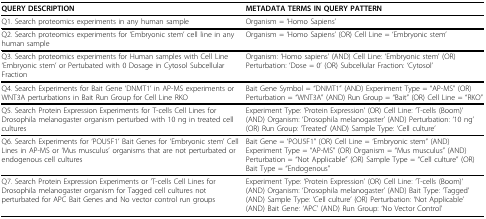
<table><thead><tr><td><b>QUERY DESCRIPTION</b></td><td><b>METADATA TERMS IN QUERY PATTERN</b></td></tr></thead><tbody><tr><td>Q1. Search proteomics experiments in any human sample</td><td>Organism = &#x27;Homo Sapiens&#x27;</td></tr><tr><td>Q2. Search proteomics experiments for &#x27;Embryonic stem&#x27; cell line in any human sample</td><td>Organism = &#x27;Homo Sapiens&#x27; (OR) Cell Line = &#x27;Embryonic stem&#x27;</td></tr><tr><td>Q3. Search proteomics experiments for Human samples with Cell Line &#x27;Embryonic stem&#x27; or Pertubated with 0 Dosage in Cytosol Subcellular Fraction</td><td>Organism: &#x27;Homo sapiens&#x27; (AND) Cell Line: &#x27;Embryonic stem&#x27; (OR) Perturbation: &#x27;Dose = 0&#x27; (OR) Subcellular Fraction: &#x27;Cytosol&#x27;</td></tr><tr><td>Q4. Search Experiments for Bait Gene &#x27;DNMT1&#x27; in AP-MS experiments or WNT3A perturbations in Bait Run Group for Cell Line RKO</td><td>Bait Gene Symbol = &quot;DNMT1&quot; (AND) Experiment Type = &quot;AP-MS&quot; (OR) Perturbation = &quot;WNT3A&quot; (AND) Run Group = &quot;Bait&quot; (OR) Cell Line = &quot;RKO&quot;</td></tr><tr><td>Q5. Search Protein Expression Experiments for T-cells Cell Lines for Drosophila melanogaster organism perturbed with 10 ng in treated cell cultures</td><td>Experiment Type: &#x27;Protein Expression&#x27; (OR) Cell Line: &#x27;T-cells (Boom)&#x27; (AND) Organism: &#x27;Drosophila melanogaster&#x27; (AND) Perturbation: &#x27;10 ng&#x27; (OR) Run Group: &#x27;Treated&#x27; (AND) Sample Type: &#x27;Cell culture&#x27;</td></tr><tr><td>Q6. Search Experiments for &#x27;POU5F1&#x27; Bait Genes for &#x27;Embryonic stem&#x27; Cell Lines in AP-MS or &#x27;Mus musculus&#x27; organisms that are not perturbated or endogenous cell cultures</td><td>Bait Gene = &#x27;POU5F1&quot; (OR) Cell Line = &#x27;Embryonic stem&quot; (AND) Experiment Type = &quot;AP-MS&quot; (OR) Organism = &quot;Mus musculus&quot; (AND) Perturbation = &quot;Not Applicable&quot; (OR) Sample Type = &quot;Cell culture&quot; (OR) Bait Type = &quot;Endogenous&quot;</td></tr><tr><td>Q7. Search Protein Expression Experiments or &#x27;T-cells Cell Lines for Drosophila melanogaster organism for Tagged cell cultures not perturbated for APC Bait Genes and No vector control run groups</td><td>Experiment Type: &#x27;Protein Expression&#x27; (OR) Cell Line: &#x27;T-cells (Boom)&#x27; (AND) Organism: &#x27;Drosophila melanogaster&#x27; (AND) Bait Type: &#x27;Tagged&#x27; (AND) Sample Type: &#x27;Cell culture&#x27; (OR) Perturbation: &#x27;Not Applicable&#x27; (AND) Bait Gene: &#x27;APC&#x27; (AND) Run Group: &#x27;No Vector Control&#x27;</td></tr></tbody></table>